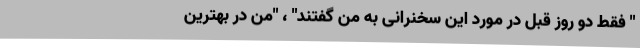
" فقط دو روز قبل در مورد این سخنرانی به من گفتند" ، "من در بهترین